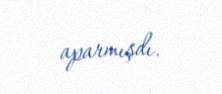
aparmışdı.